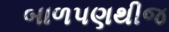
બાળપણથીજ